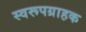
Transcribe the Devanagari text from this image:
स्वरूपग्राहक